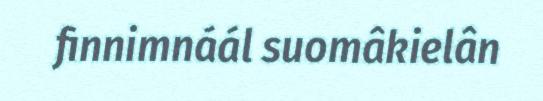
finnimnáál suomâkielân